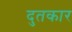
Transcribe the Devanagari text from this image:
दुतकार